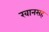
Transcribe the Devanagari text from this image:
खानसह